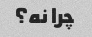
چرا نه؟